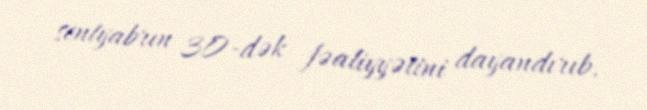
sentyabrın 30-dək fəaliyyətini dayandırıb.